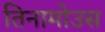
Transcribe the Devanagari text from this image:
तिनामोउस